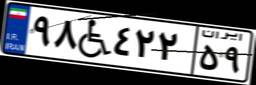
۹۸W۴۲۲۵۹